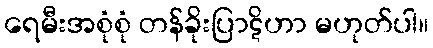
ရေမီးအစုံစုံ တန်ခိုးပြာဋိဟာ မဟုတ်ပါ။